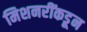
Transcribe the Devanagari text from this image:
मिशनरींकडून